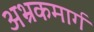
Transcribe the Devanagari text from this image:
अभ्रकमार्ग